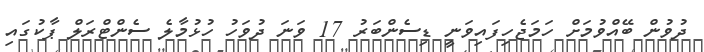
ދުވުން ބޭއްވުމަށް ހަމަޖެހިފައިވަނީ ޑިސެންބަރު 17 ވަނަ ދުވަހު ހުޅުމާލެ ސެންޓްރަލް ޕާކުގައި